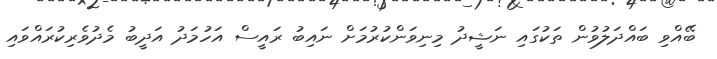
ބޭއްވި ބައްދަލުވުން ތަކުގައި ނަޝީދު މިނިވަންކުރުމަށް ނައިބު ރައީސް އަހުމަދު އަދީބު މެދުވެރިކުރައްވައި